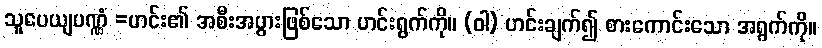
သူပေယျပဏ္ဏံ =ဟင်း၏ အစီးအပွားဖြစ်သော ဟင်းရွက်ကို။ (ဝါ) ဟင်းချက်၍ စားကောင်းသော အရွက်ကို။